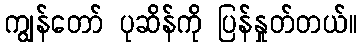
ကျွန်တော် ပုဆိန်ကို ပြန်နှုတ်တယ်။